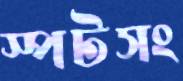
স্পটসং